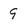
Character: 9